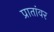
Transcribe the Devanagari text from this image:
प्रातांवर